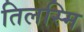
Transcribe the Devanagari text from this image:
तिलस्मि